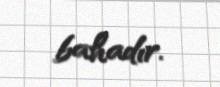
bahadır.